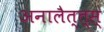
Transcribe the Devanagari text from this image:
अनालैत्त्स्